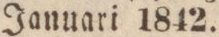
Januari 1842.